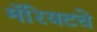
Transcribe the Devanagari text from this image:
मॅरियटचे